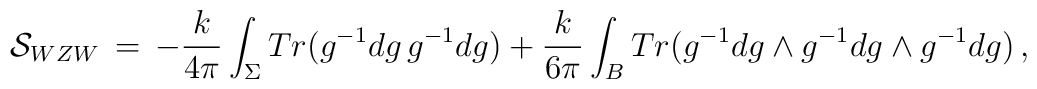
{\cal S}_{WZW} \,=\, -\frac{k}{4 \pi} \int_{\Sigma} Tr(g^{-1}dg \,  g^{-1}dg ) + \frac{k}{6 \pi} \int_{B} Tr(g^{-1}dg \wedge g^{-1}dg  \wedge g^{-1}dg) \, ,